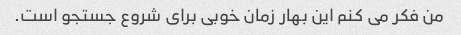
من فکر می کنم این بهار زمان خوبی برای شروع جستجو است.